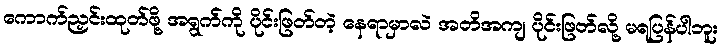
ကောက်ညှင်းထုတ်ဖို့ အရွက်ကို ပိုင်းဖြတ်တဲ့ နေရာမှာလဲ အတိအကျ ပိုင်းဖြတ်လို့ မရပြန်ပါဘူး